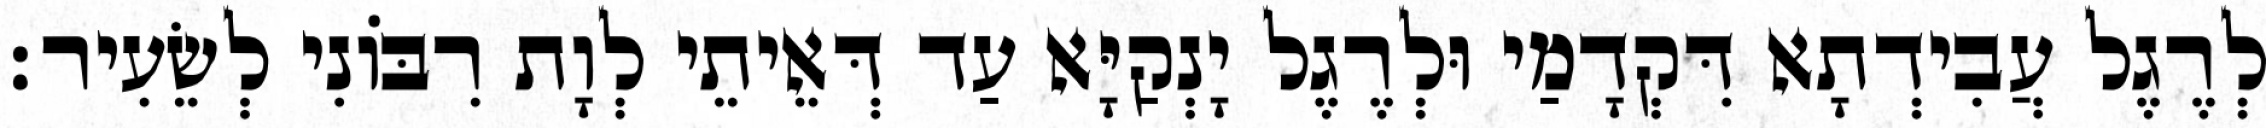
לְרֶגֶל עֲבִידְתָא דִּקְדָמַי וּלְרֶגֶל יָנְקַיָּא עַד דְּאֵיתֵי לְוָת רִבּוֹנִי לְשֵׂעִיר׃